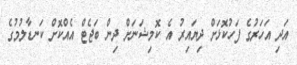
އަދި އަހަރުގެ ފަހުކޮޅަށް ދިޔައިރު އެ ކޮމިޝަނަށް ދިން ބަޖެޓް އެއްކޮށް ކަނޑާލުމުގެ